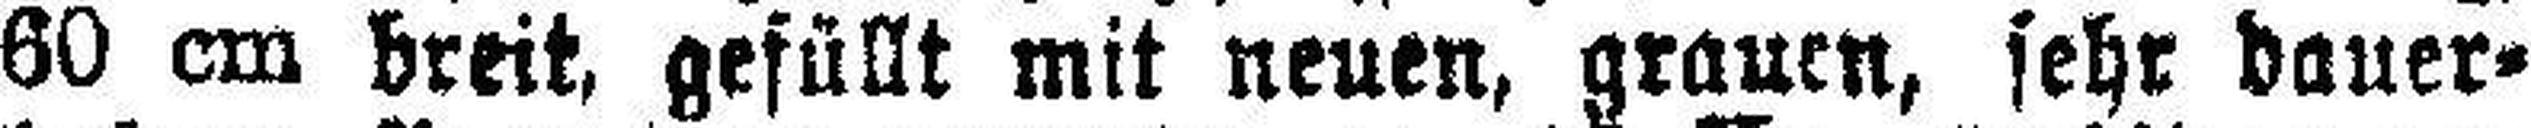
60 cm breit, gefüllt mit neuen, grauen, sehr dauer¬